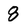
Character: 8